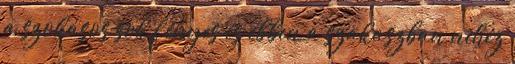
a szokásos sok fényes és ebben a szakaszban nehéz